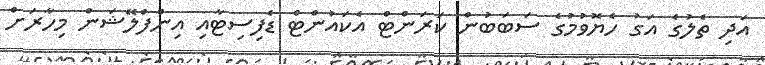
އަދި ތެލުގެ އަގު ހެޔޮވުމުގެ ސަބަބުން ކަރަންޓް އެކައުންޓް ޑެފިސިޓާއި އިންފްލޭޝަން މިހާރަށް